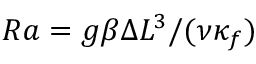
R a = { g \beta \Delta L ^ { 3 } } / { ( \nu \kappa _ { f } ) }